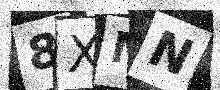
Text: 8XMN